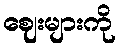
ဈေးများကို